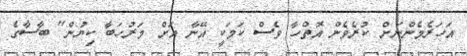
އަހަރެމެންނަށް ކުރެވެން އޮތްހާ ވެސް ކަމަކީ އޭނާ އަށް މަރުހަބާ ކިޔުން" ބާސާގެ